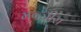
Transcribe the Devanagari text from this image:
मन्जीरा